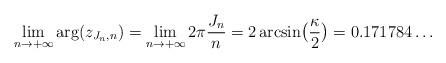
LaTeX: \begin{align*}\lim _{n \to + \infty}\arg(z_{J_n , n}) = \lim _{n \to + \infty}2 \pi \frac{J_n}{n}=2 \arcsin \bigl( \frac{\kappa}{2} \bigr) = 0.171784\ldots \end{align*}